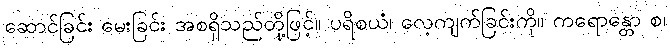
ဆောင်ခြင်း မေးခြင်း အစရှိသည်တို့ဖြင့်။ ပရိစယံ၊ လေ့ကျက်ခြင်းကို။ ကရောန္တော စ၊